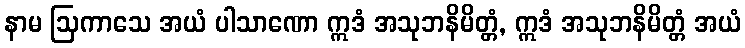
နာမ ဩကာသေ အယံ ပါသာဏော ဣဒံ အသုဘနိမိတ္တံ, ဣဒံ အသုဘနိမိတ္တံ အယံ